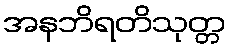
အနဘိရတိသုတ္တ